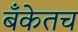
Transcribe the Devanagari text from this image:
बँकेतच